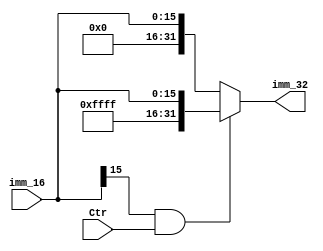
module Extender(
input Ctr,
input [15:0]imm_16,
output reg[31:0]imm_32
);
always @(Ctr or imm_16)
begin 
	if (imm_16[15]&&Ctr)
		imm_32={16'hffff,imm_16};
	else 
		imm_32={16'h0,imm_16};
end 
endmodule